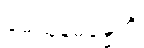
မေထုနဓမ္မေတိ